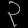
Digit: ၃